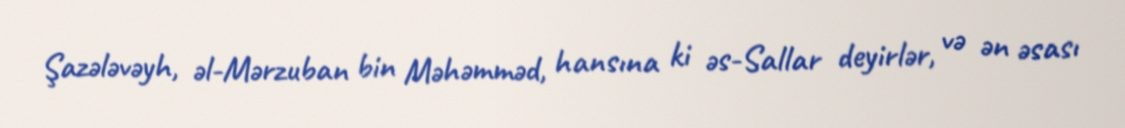
Şazələvəyh, əl-Mərzuban bin Məhəmməd, hansına ki əs-Sallar deyirlər, və ən əsası